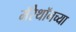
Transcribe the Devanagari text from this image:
मॅरेथॉनच्या